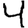
Digit: 4